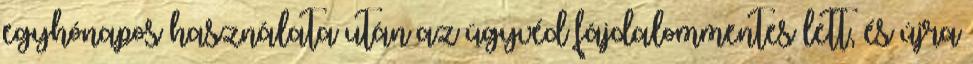
egyhónapos használata után az ügyvéd fájdalommentes lett, és újra